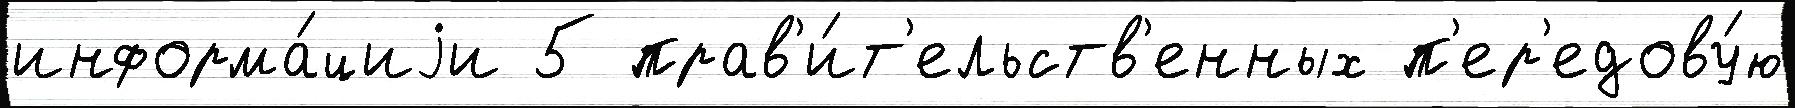
информа́циjи 5 прав'и́т'ельств'енных п'ер'едову́ю